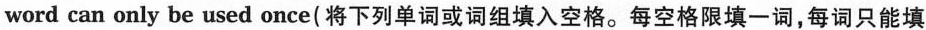
word can only be used once(将下列单词或词组填入空格.每空格限填一词,每词只能填